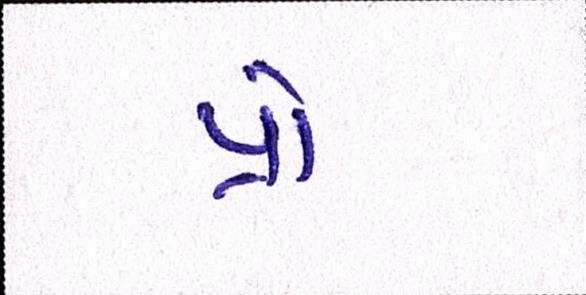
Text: પ્રો